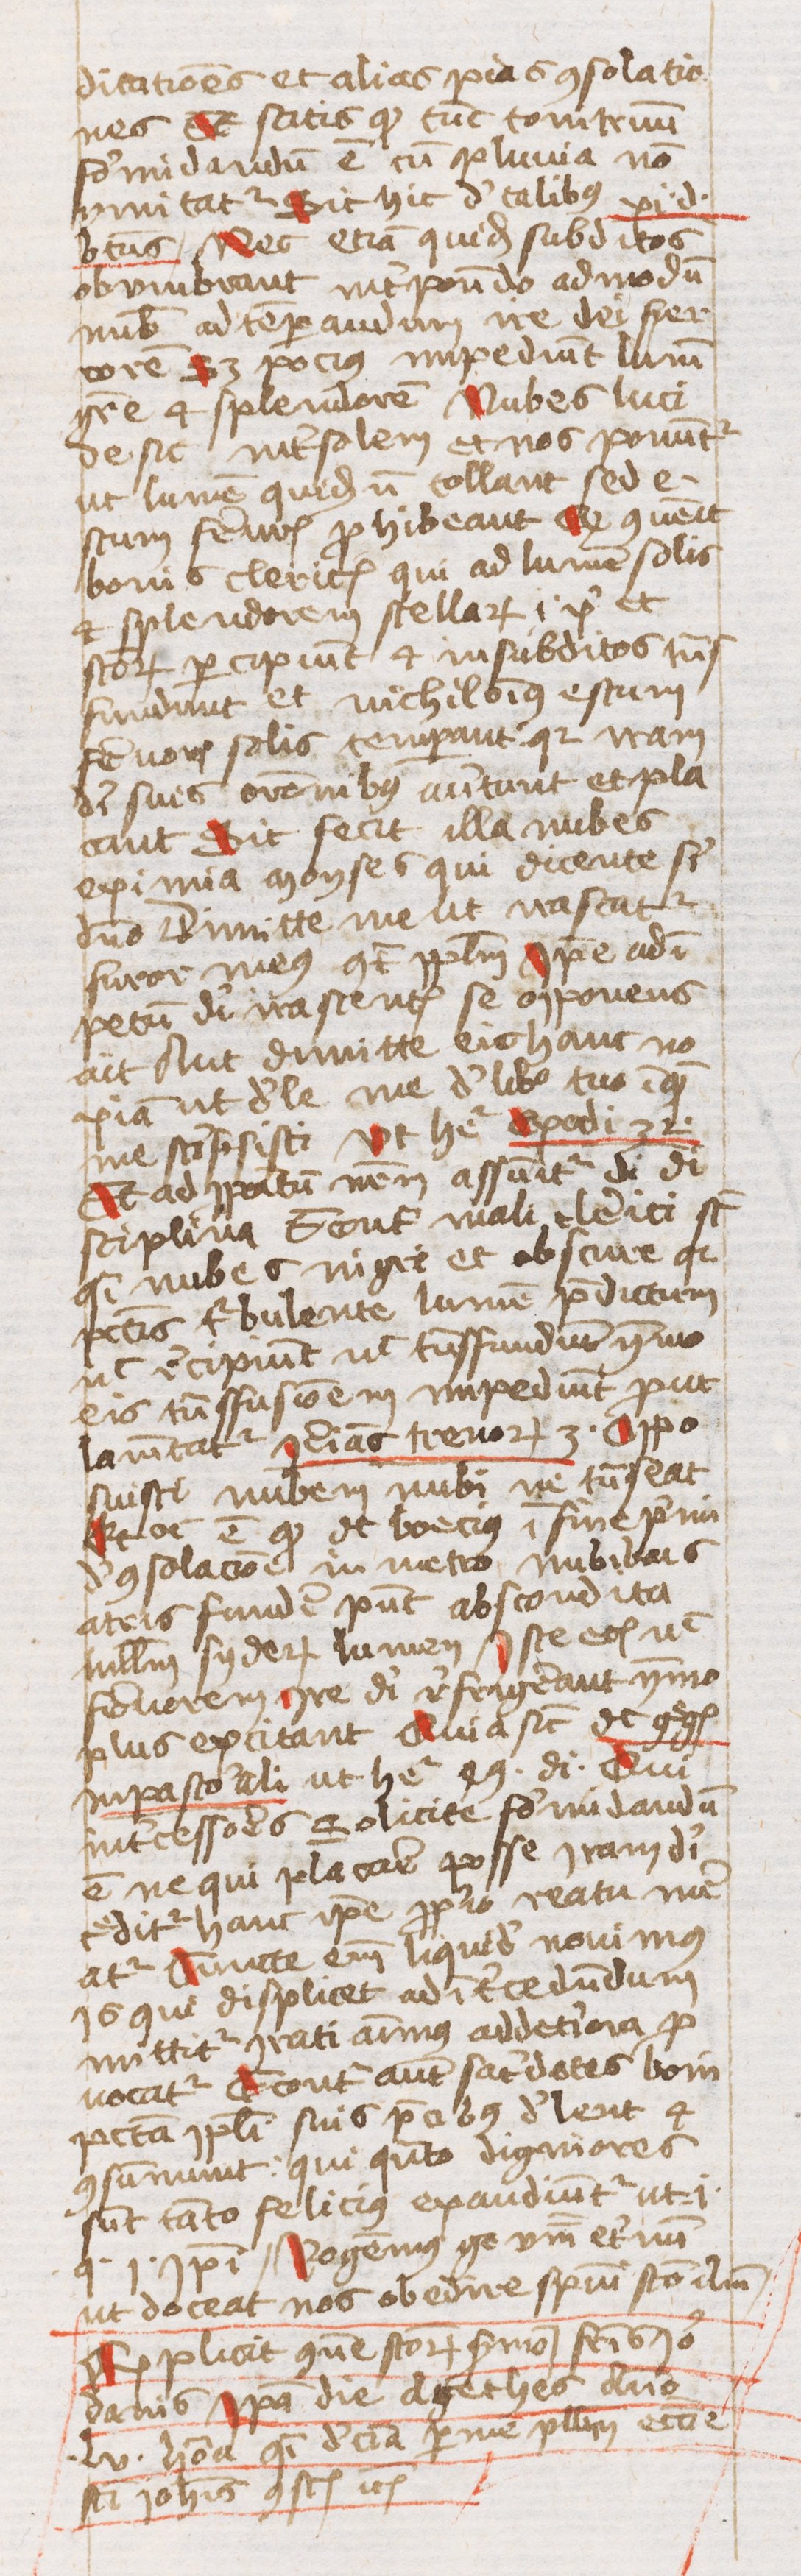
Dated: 1440–1470